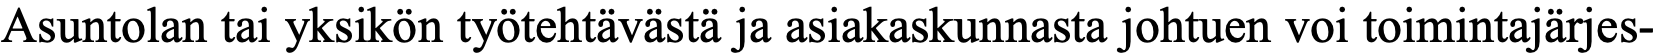
Asuntolan tai yksikön työtehtävästä ja asiakaskunnasta johtuen voi toimintajärjes-